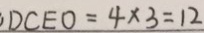
D C E O = 4 \times 3 = 1 2